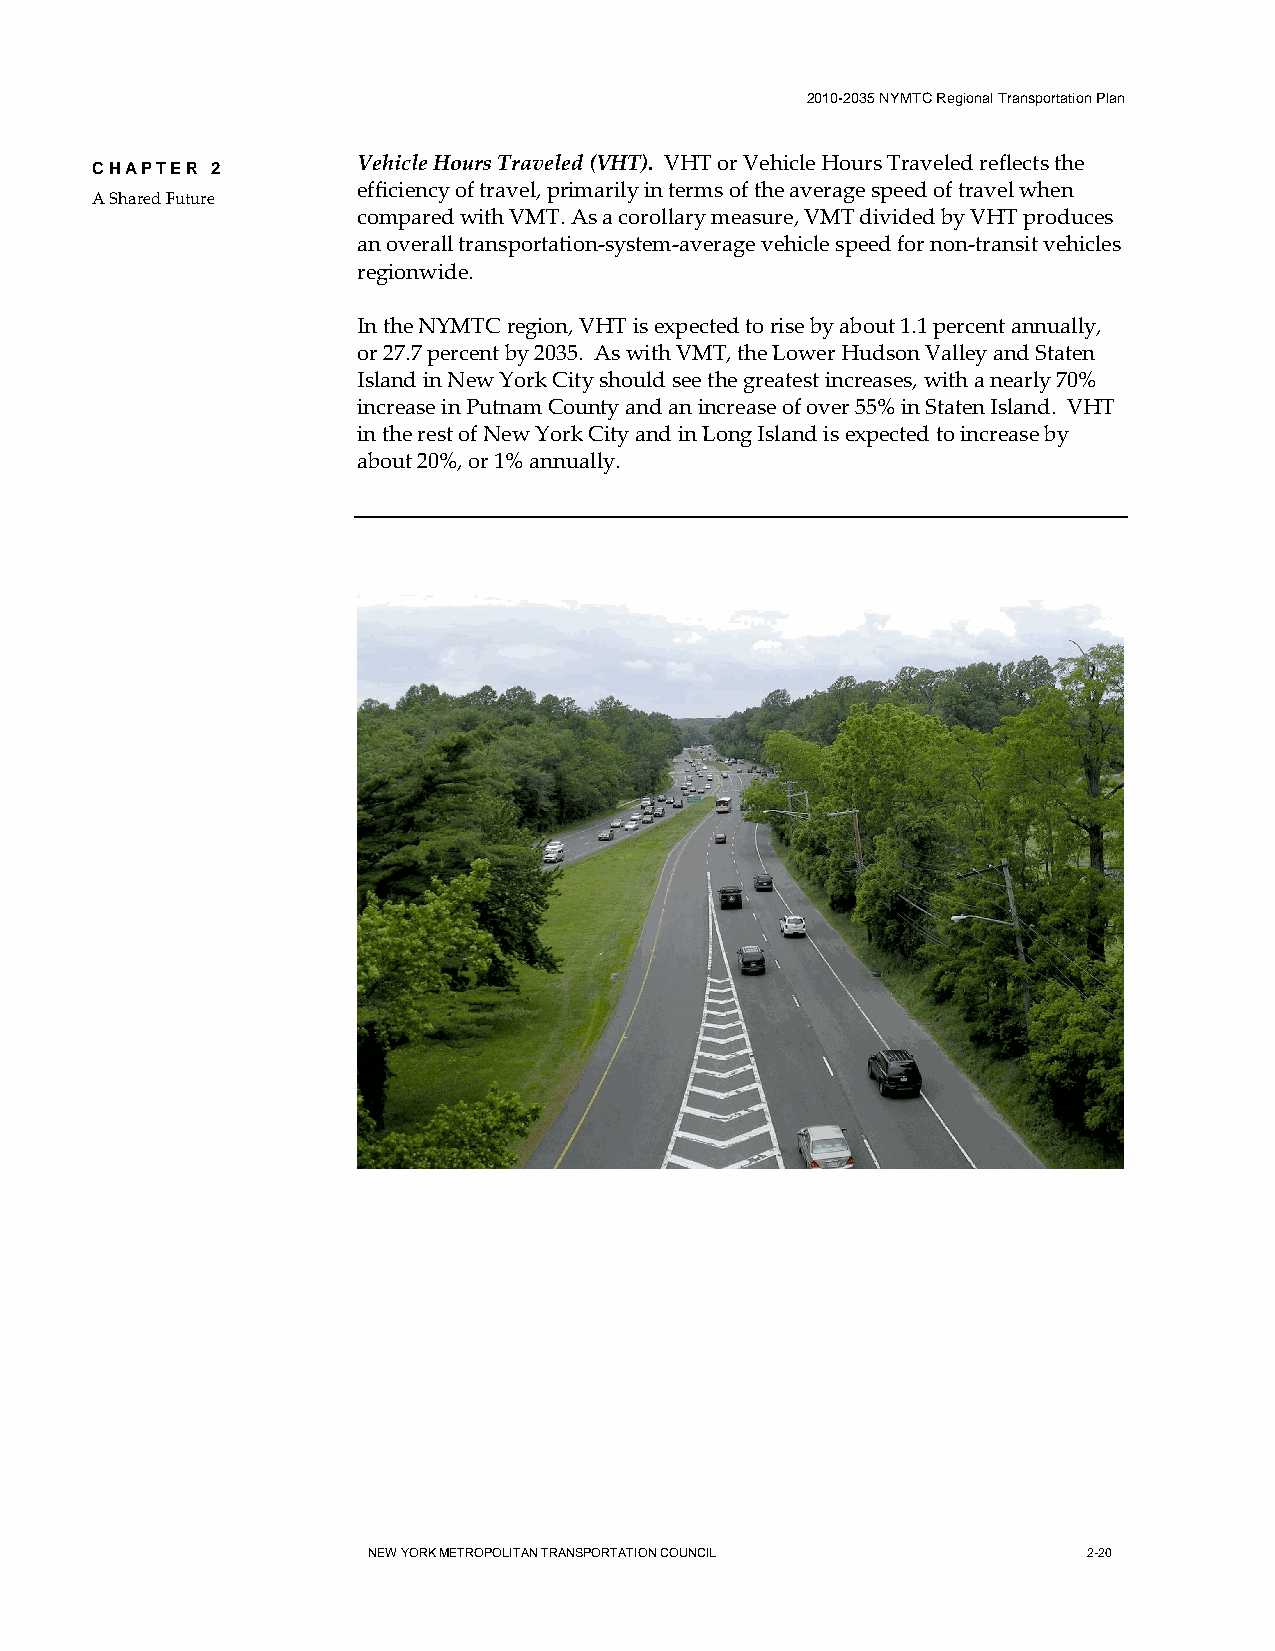
2010-2035 NYMTC Regional Transportation Plan
 Vehicle Hours Traveled (VHT). VHT or Vehicle Hours Traveled reflects the
 CHAPTER 2
 efficiency of travel, primarily in terms of the average speed of travel when
 A Shared Future
 compared with VMT. As a corollary measure, VMT divided by VHT produces
 an overall transportation-system-average vehicle speed for non-transit vehicles
 regionwide.
 In the NYMTC region, VHT is expected to rise by about 1.1 percent annually,
 or 27.7 percent by 2035. As with VMT, the Lower Hudson Valley and Staten
 Island in New York City should see the greatest increases, with a nearly 70%
 increase in Putnam County and an increase of over 55% in Staten Island. VHT
 in the rest of New York City and in Long Island is expected to increase by
 about 20%, or 1% annually.
 NEW YORK METROPOLITAN TRANSPORTATION COUNCIL    2-20